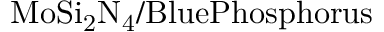
\mathrm { M o S i _ { 2 } N _ { 4 } / B l u e P h o s p h o r u s }